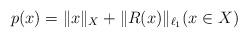
LaTeX: \begin{align*}p(x)=\|x\|_X + \|R(x)\|_{\ell_1} (x\in X)\end{align*}